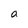
Character: a